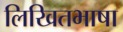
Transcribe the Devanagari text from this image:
लिखितभाषा